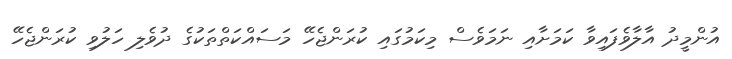
އުންމީދު އާލާވެފައިވާ ކަމަށާއި ނަމަވެސް މިކަމުގައި ކުރަންޖެހޭ މަސައްކަތްތަކުގެ ދުވެލި ހަލުވި ކުރަންޖެހޭ